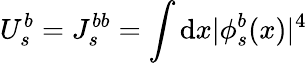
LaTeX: U_{s}^{b}=J_{s}^{bb}=\int\mathrm{d}x|\phi_{s}^{b}(x)|^{4}